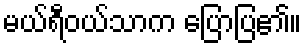
မယ်ရီဝယ်သာက ပြောပြ၏။